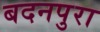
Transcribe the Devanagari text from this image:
बदनपुरा